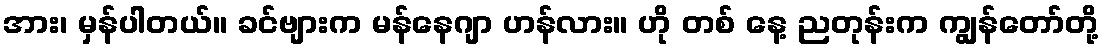
အား၊ မှန်ပါတယ်။ ခင်ဗျားက မန်နေဂျာ ဟန်လား။ ဟို တစ် နေ့ ညတုန်းက ကျွန်တော်တို့